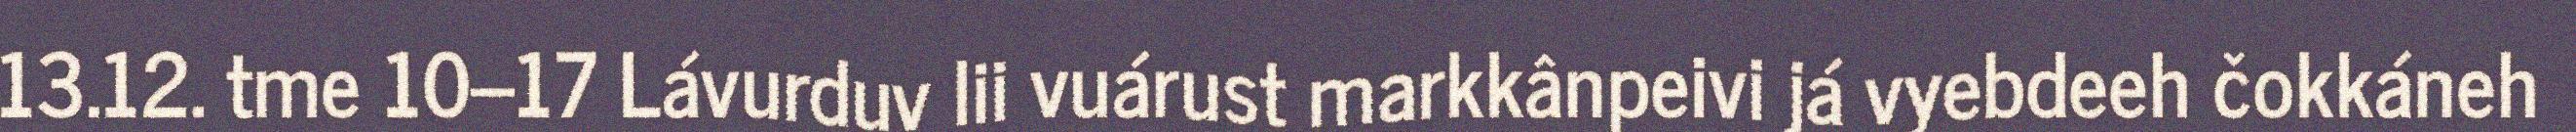
13.12. tme 10–17 Lávurduv lii vuárust markkânpeivi já vyebdeeh čokkáneh